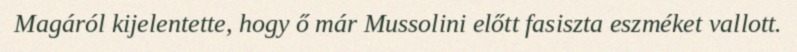
Magáról kijelentette, hogy ő már Mussolini előtt fasiszta eszméket vallott.